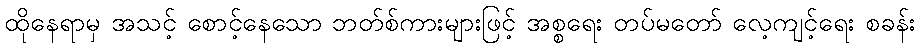
ထိုနေရာမှ အသင့် စောင့်နေသော ဘတ်စ်ကားများဖြင့် အစ္စရေး တပ်မတော် လေ့ကျင့်ရေး စခန်း